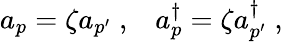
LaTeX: a_{p}=\zeta a_{p^{\prime}}\; ,\; \; \; a_{p}^{\dagger}=\zeta a_{p^{\prime}}^{\dagger}\; ,